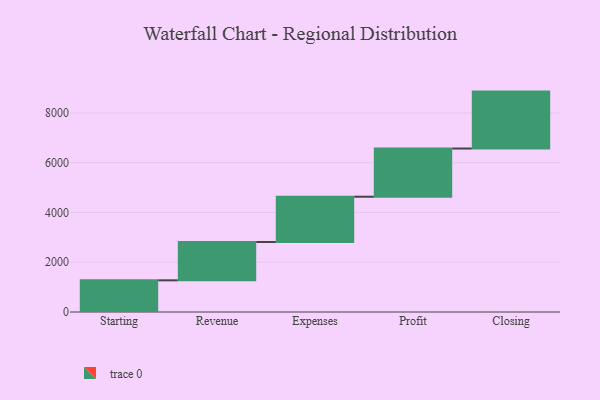
{"axis": {"x": "Step", "y": "Value"}, "legend": [""], "data": [{"x": "Starting", "y": 1273.0, "type": ""}, {"x": "Revenue", "y": 1541.0, "type": ""}, {"x": "Expenses", "y": 1819.0, "type": ""}, {"x": "Profit", "y": 1937.0, "type": ""}, {"x": "Closing", "y": 2288.0, "type": ""}]}